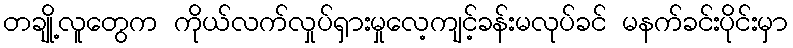
တချို့လူတွေက ကိုယ်လက်လှုပ်ရှားမှုလေ့ကျင့်ခန်းမလုပ်ခင် မနက်ခင်းပိုင်းမှာ